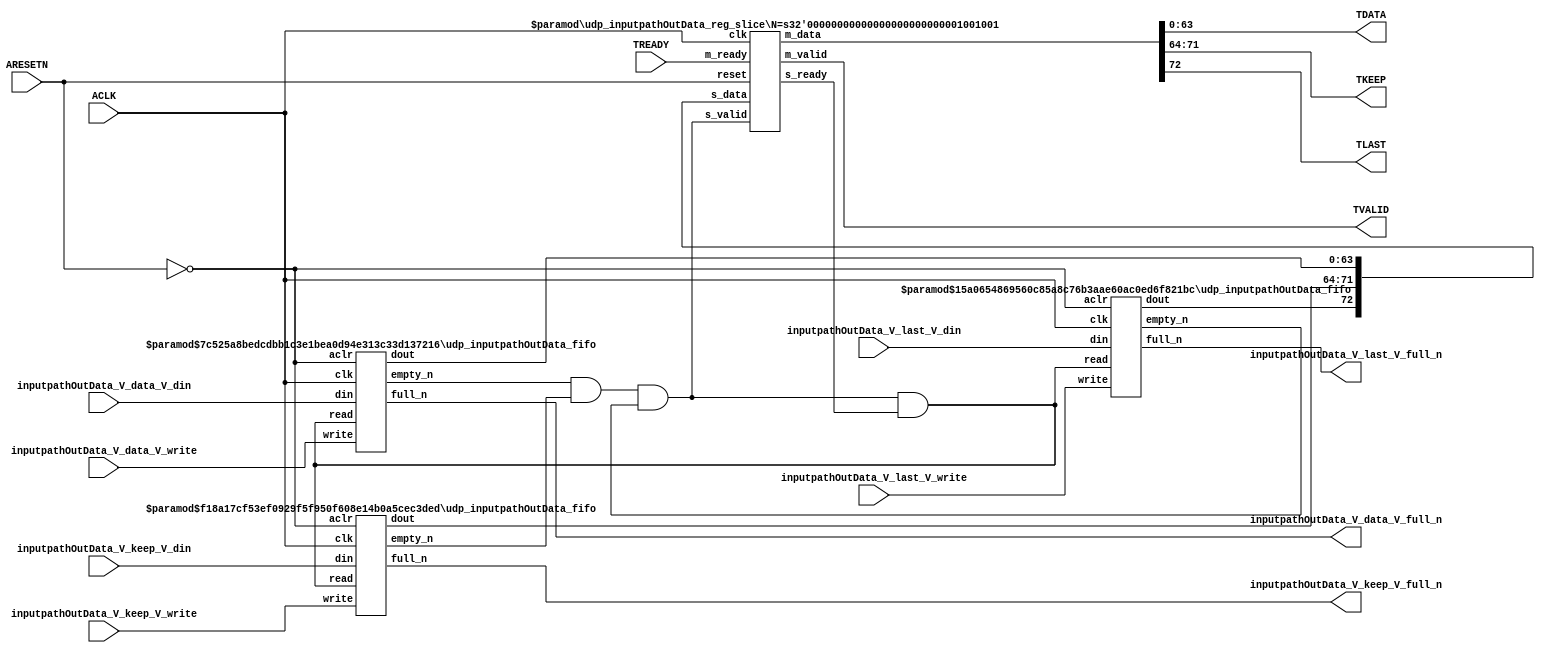
// ==============================================================
// File generated by Vivado(TM) HLS - High-Level Synthesis from C, C++ and SystemC
// Version: 2015.1
// Copyright (C) 2015 Xilinx Inc. All rights reserved.
// 
// ==============================================================


`timescale 1ns/1ps

module udp_inputpathOutData_if (
    // AXI4-Stream singals
    input  wire        ACLK,
    input  wire        ARESETN,
    output wire        TVALID,
    input  wire        TREADY,
    output wire [63:0] TDATA,
    output wire [7:0]  TKEEP,
    output wire [0:0]  TLAST,
    // User signals
    input  wire [63:0] inputpathOutData_V_data_V_din,
    output wire        inputpathOutData_V_data_V_full_n,
    input  wire        inputpathOutData_V_data_V_write,
    input  wire [7:0]  inputpathOutData_V_keep_V_din,
    output wire        inputpathOutData_V_keep_V_full_n,
    input  wire        inputpathOutData_V_keep_V_write,
    input  wire [0:0]  inputpathOutData_V_last_V_din,
    output wire        inputpathOutData_V_last_V_full_n,
    input  wire        inputpathOutData_V_last_V_write
);
//------------------------Local signal-------------------
// FIFO
wire [0:0]  fifo_read;
wire [0:0]  fifo_empty_n;
wire [63:0] inputpathOutData_V_data_V_dout;
wire [0:0]  inputpathOutData_V_data_V_empty_n;
wire [7:0]  inputpathOutData_V_keep_V_dout;
wire [0:0]  inputpathOutData_V_keep_V_empty_n;
wire [0:0]  inputpathOutData_V_last_V_dout;
wire [0:0]  inputpathOutData_V_last_V_empty_n;
// register slice
wire [0:0]  s_valid;
wire [0:0]  s_ready;
wire [72:0] s_data;
wire [0:0]  m_valid;
wire [0:0]  m_ready;
wire [72:0] m_data;

//------------------------Instantiation------------------
// rs
udp_inputpathOutData_reg_slice #(
    .N       ( 73 )
) rs (
    .clk     ( ACLK ),
    .reset   ( ARESETN ),
    .s_data  ( s_data ),
    .s_valid ( s_valid ),
    .s_ready ( s_ready ),
    .m_data  ( m_data ),
    .m_valid ( m_valid ),
    .m_ready ( m_ready )
);

// inputpathOutData_V_data_V_fifo
udp_inputpathOutData_fifo #(
    .DATA_BITS  ( 64 ),
    .DEPTH_BITS ( 4 )
) inputpathOutData_V_data_V_fifo (
    .clk        ( ACLK ),
    .aclr       ( ~ARESETN ),
    .empty_n    ( inputpathOutData_V_data_V_empty_n ),
    .full_n     ( inputpathOutData_V_data_V_full_n ),
    .read       ( fifo_read ),
    .write      ( inputpathOutData_V_data_V_write ),
    .dout       ( inputpathOutData_V_data_V_dout ),
    .din        ( inputpathOutData_V_data_V_din )
);

// inputpathOutData_V_keep_V_fifo
udp_inputpathOutData_fifo #(
    .DATA_BITS  ( 8 ),
    .DEPTH_BITS ( 4 )
) inputpathOutData_V_keep_V_fifo (
    .clk        ( ACLK ),
    .aclr       ( ~ARESETN ),
    .empty_n    ( inputpathOutData_V_keep_V_empty_n ),
    .full_n     ( inputpathOutData_V_keep_V_full_n ),
    .read       ( fifo_read ),
    .write      ( inputpathOutData_V_keep_V_write ),
    .dout       ( inputpathOutData_V_keep_V_dout ),
    .din        ( inputpathOutData_V_keep_V_din )
);

// inputpathOutData_V_last_V_fifo
udp_inputpathOutData_fifo #(
    .DATA_BITS  ( 1 ),
    .DEPTH_BITS ( 4 )
) inputpathOutData_V_last_V_fifo (
    .clk        ( ACLK ),
    .aclr       ( ~ARESETN ),
    .empty_n    ( inputpathOutData_V_last_V_empty_n ),
    .full_n     ( inputpathOutData_V_last_V_full_n ),
    .read       ( fifo_read ),
    .write      ( inputpathOutData_V_last_V_write ),
    .dout       ( inputpathOutData_V_last_V_dout ),
    .din        ( inputpathOutData_V_last_V_din )
);

//------------------------Body---------------------------
//++++++++++++++++++++++++AXI4-Stream++++++++++++++++++++
assign TVALID = m_valid;
assign TDATA  = m_data[63:0];
assign TKEEP  = m_data[71:64];
assign TLAST  = m_data[72:72];

//+++++++++++++++++++++++++++++++++++++++++++++++++++++++

//++++++++++++++++++++++++Reigister Slice++++++++++++++++
assign s_valid = fifo_empty_n;
assign m_ready = TREADY;
assign s_data  = {inputpathOutData_V_last_V_dout, inputpathOutData_V_keep_V_dout, inputpathOutData_V_data_V_dout};

//+++++++++++++++++++++++++++++++++++++++++++++++++++++++

//++++++++++++++++++++++++FIFO+++++++++++++++++++++++++++
assign fifo_read    = fifo_empty_n & s_ready;
assign fifo_empty_n = inputpathOutData_V_data_V_empty_n & inputpathOutData_V_keep_V_empty_n & inputpathOutData_V_last_V_empty_n;

//+++++++++++++++++++++++++++++++++++++++++++++++++++++++

endmodule



`timescale 1ns/1ps

module udp_inputpathOutData_fifo
#(parameter
    DATA_BITS  = 8,
    DEPTH_BITS = 4
)(
    input  wire                 clk,
    input  wire                 aclr,
    output wire                 empty_n,
    output wire                 full_n,
    input  wire                 read,
    input  wire                 write,
    output wire [DATA_BITS-1:0] dout,
    input  wire [DATA_BITS-1:0] din
);
//------------------------Parameter----------------------
localparam
    DEPTH = 1 << DEPTH_BITS;
//------------------------Local signal-------------------
reg                   empty;
reg                   full;
reg  [DEPTH_BITS-1:0] index;
reg  [DATA_BITS-1:0]  mem[0:DEPTH-1];
//------------------------Body---------------------------
assign empty_n = ~empty;
assign full_n  = ~full;
assign dout    = mem[index];

// empty
always @(posedge clk or posedge aclr) begin
    if (aclr)
        empty <= 1'b1;
    else if (empty & write & ~read)
        empty <= 1'b0;
    else if (~empty & ~write & read & (index==1'b0))
        empty <= 1'b1;
end

// full
always @(posedge clk or posedge aclr) begin
    if (aclr)
        full <= 1'b0;
    else if (full & read & ~write)
        full <= 1'b0;
    else if (~full & ~read & write & (index==DEPTH-2'd2))
        full <= 1'b1;
end

// index
always @(posedge clk or posedge aclr) begin
    if (aclr)
        index <= {DEPTH_BITS{1'b1}};
    else if (~empty & ~write & read)
        index <= index - 1'b1;
    else if (~full & ~read & write)
        index <= index + 1'b1;
end

// mem
always @(posedge clk) begin
    if (~full & write) mem[0] <= din;
end

genvar i;
generate
    for (i = 1; i < DEPTH; i = i + 1) begin : gen_sr
        always @(posedge clk) begin
            if (~full & write) mem[i] <= mem[i-1];
        end
    end
endgenerate

endmodule

`timescale 1ns/1ps

module udp_inputpathOutData_reg_slice
#(parameter
    N = 8   // data width
) (
    // system signals
    input  wire         clk,
    input  wire         reset,
    // slave side
    input  wire [N-1:0] s_data,
    input  wire         s_valid,
    output wire         s_ready,
    // master side
    output wire [N-1:0] m_data,
    output wire         m_valid,
    input  wire         m_ready
);
//------------------------Parameter----------------------
// state
localparam [1:0]
    ZERO = 2'b10,
    ONE  = 2'b11,
    TWO  = 2'b01;
//------------------------Local signal-------------------
reg  [N-1:0] data_p1;
reg  [N-1:0] data_p2;
wire         load_p1;
wire         load_p2;
wire         load_p1_from_p2;
reg          s_ready_t;
reg  [1:0]   state;
reg  [1:0]   next;
//------------------------Body---------------------------
assign s_ready = s_ready_t;
assign m_data  = data_p1;
assign m_valid = state[0];

assign load_p1 = (state == ZERO && s_valid) ||
                 (state == ONE && s_valid && m_ready) ||
                 (state == TWO && m_ready);
assign load_p2 = s_valid & s_ready;
assign load_p1_from_p2 = (state == TWO);

// data_p1
always @(posedge clk) begin
    if (load_p1) begin
        if (load_p1_from_p2)
            data_p1 <= data_p2;
        else
            data_p1 <= s_data;
    end
end

// data_p2
always @(posedge clk) begin
    if (load_p2) data_p2 <= s_data;
end

// s_ready_t
always @(posedge clk) begin
    if (~reset)
        s_ready_t <= 1'b0;
    else if (state == ZERO)
        s_ready_t <= 1'b1;
    else if (state == ONE && next == TWO)
        s_ready_t <= 1'b0;
    else if (state == TWO && next == ONE)
        s_ready_t <= 1'b1;
end

// state
always @(posedge clk) begin
    if (~reset)
        state <= ZERO;
    else
        state <= next;
end

// next
always @(*) begin
    case (state)
        ZERO:
            if (s_valid & s_ready)
                next = ONE;
            else
                next = ZERO;
        ONE:
            if (~s_valid & m_ready)
                next = ZERO;
            else if (s_valid & ~m_ready)
                next = TWO;
            else
                next = ONE;
        TWO:
            if (m_ready)
                next = ONE;
            else
                next = TWO;
        default:
            next = ZERO;
    endcase
end

endmodule